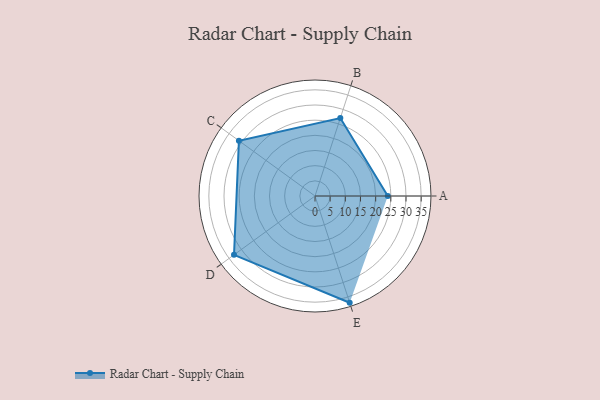
{"axis": {"x": "Skill", "y": "Score"}, "legend": ["Profile"], "data": [{"x": "A", "y": 24.0, "type": "Profile"}, {"x": "B", "y": 27.0, "type": "Profile"}, {"x": "C", "y": 31.0, "type": "Profile"}, {"x": "D", "y": 33.0, "type": "Profile"}, {"x": "E", "y": 37.0, "type": "Profile"}]}